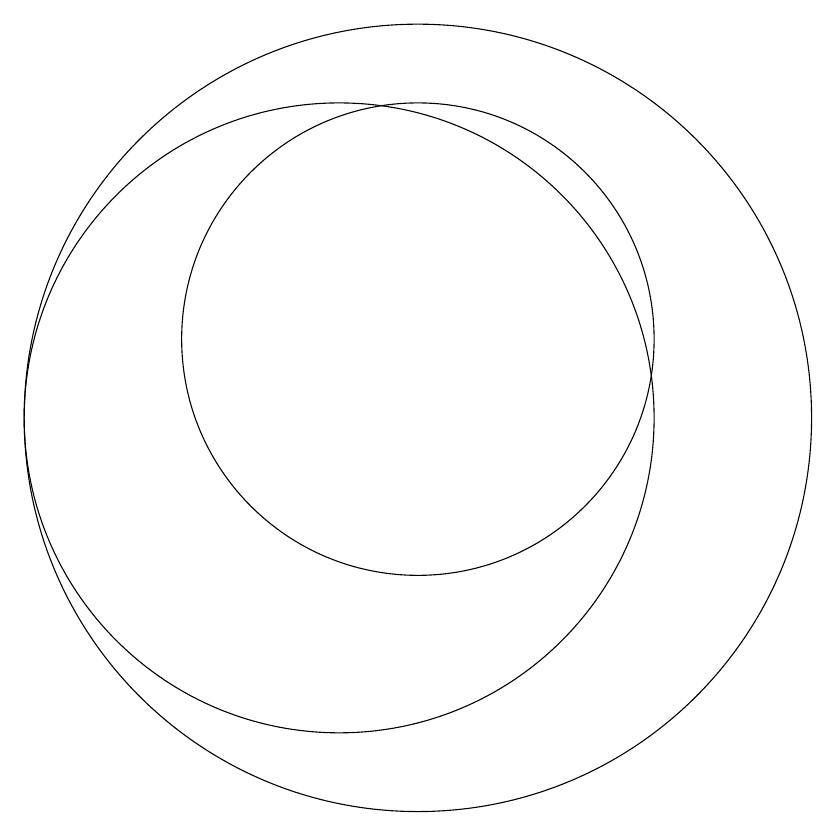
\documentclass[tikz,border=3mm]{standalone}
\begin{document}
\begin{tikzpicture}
\draw (11,11) circle (3);
\draw (10,10) circle (4);
\draw (11,10) circle (5);
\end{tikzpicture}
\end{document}